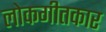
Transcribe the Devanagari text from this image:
लोकगीतकार